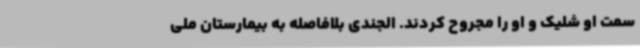
سمت او شلیک و او را مجروح کردند. الجندی بلافاصله به بیمارستان ملی